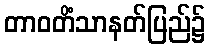
တာဝတိံသာနတ်ပြည်၌